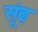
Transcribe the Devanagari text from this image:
सूंढ़